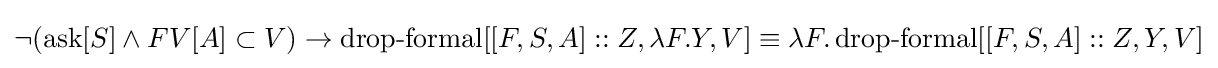
\neg (\operatorname {ask} [S]\land FV[A]\subset V)\to \operatorname {drop-formal} [[F,S,A]::Z,\lambda F.Y,V]\equiv \lambda F.\operatorname {drop-formal} [[F,S,A]::Z,Y,V]